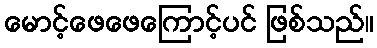
မောင့်ဖေဖေကြောင့်ပင် ဖြစ်သည်။